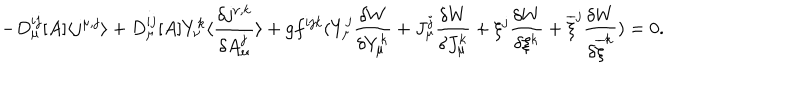
LaTeX: - D _ { \mu } ^ { i j } [ A ] \langle j ^ { \mu , j } \rangle + D _ { \mu } ^ { i j } [ A ] Y _ { \nu } ^ { k } \langle \frac { \delta j ^ { \nu , k } } { \delta A _ { \mu } ^ { j } } \rangle + g f ^ { i j k } ( Y _ { \mu } ^ { j } \frac { \delta W } { \delta Y _ { \mu } ^ { k } } + J _ { \mu } ^ { j } \frac { \delta W } { \delta J _ { \mu } ^ { k } } + \xi ^ { j } \frac { \delta W } { \delta \xi ^ { k } } + \overline { { { \xi } } } ^ { j } \frac { \delta W } { \delta \overline { { { \xi } } } ^ { k } } ) = 0 .